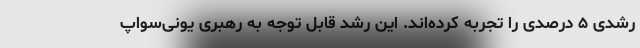
رشدی ۵ درصدی را تجربه کرده‌اند. این رشد قابل توجه به رهبری یونی‌سواپ